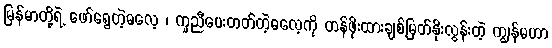
မြန်မာတို့ရဲ့ ဖော်ရွေတဲ့ဓလေ့ ၊ ကူညီပေးတတ်တဲ့ဓလေ့ကို တန်ဖိုးထားချစ်မြတ်နိုးလွန်းတဲ့ ကျွန်မဟာ